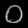
Digit: ၀